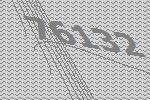
76132